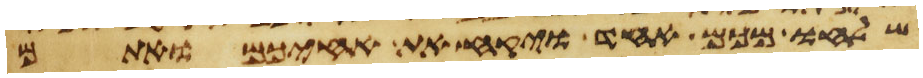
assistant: שלחו מכם אחד ויקח את אחיכם ואתם